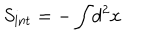
S _ { \mathrm { i n t } } = - \int \! d ^ { 2 } x \,